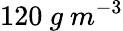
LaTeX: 120\ g\ m^{-3}